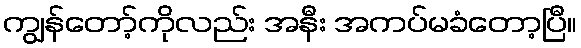
ကျွန်တော့်ကိုလည်း အနီး အကပ်မခံတော့ပြီ။